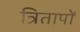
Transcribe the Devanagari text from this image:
त्रितापों